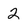
Character: 2